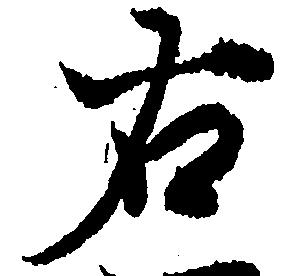
右